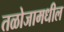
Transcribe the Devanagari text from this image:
तळोजामधील